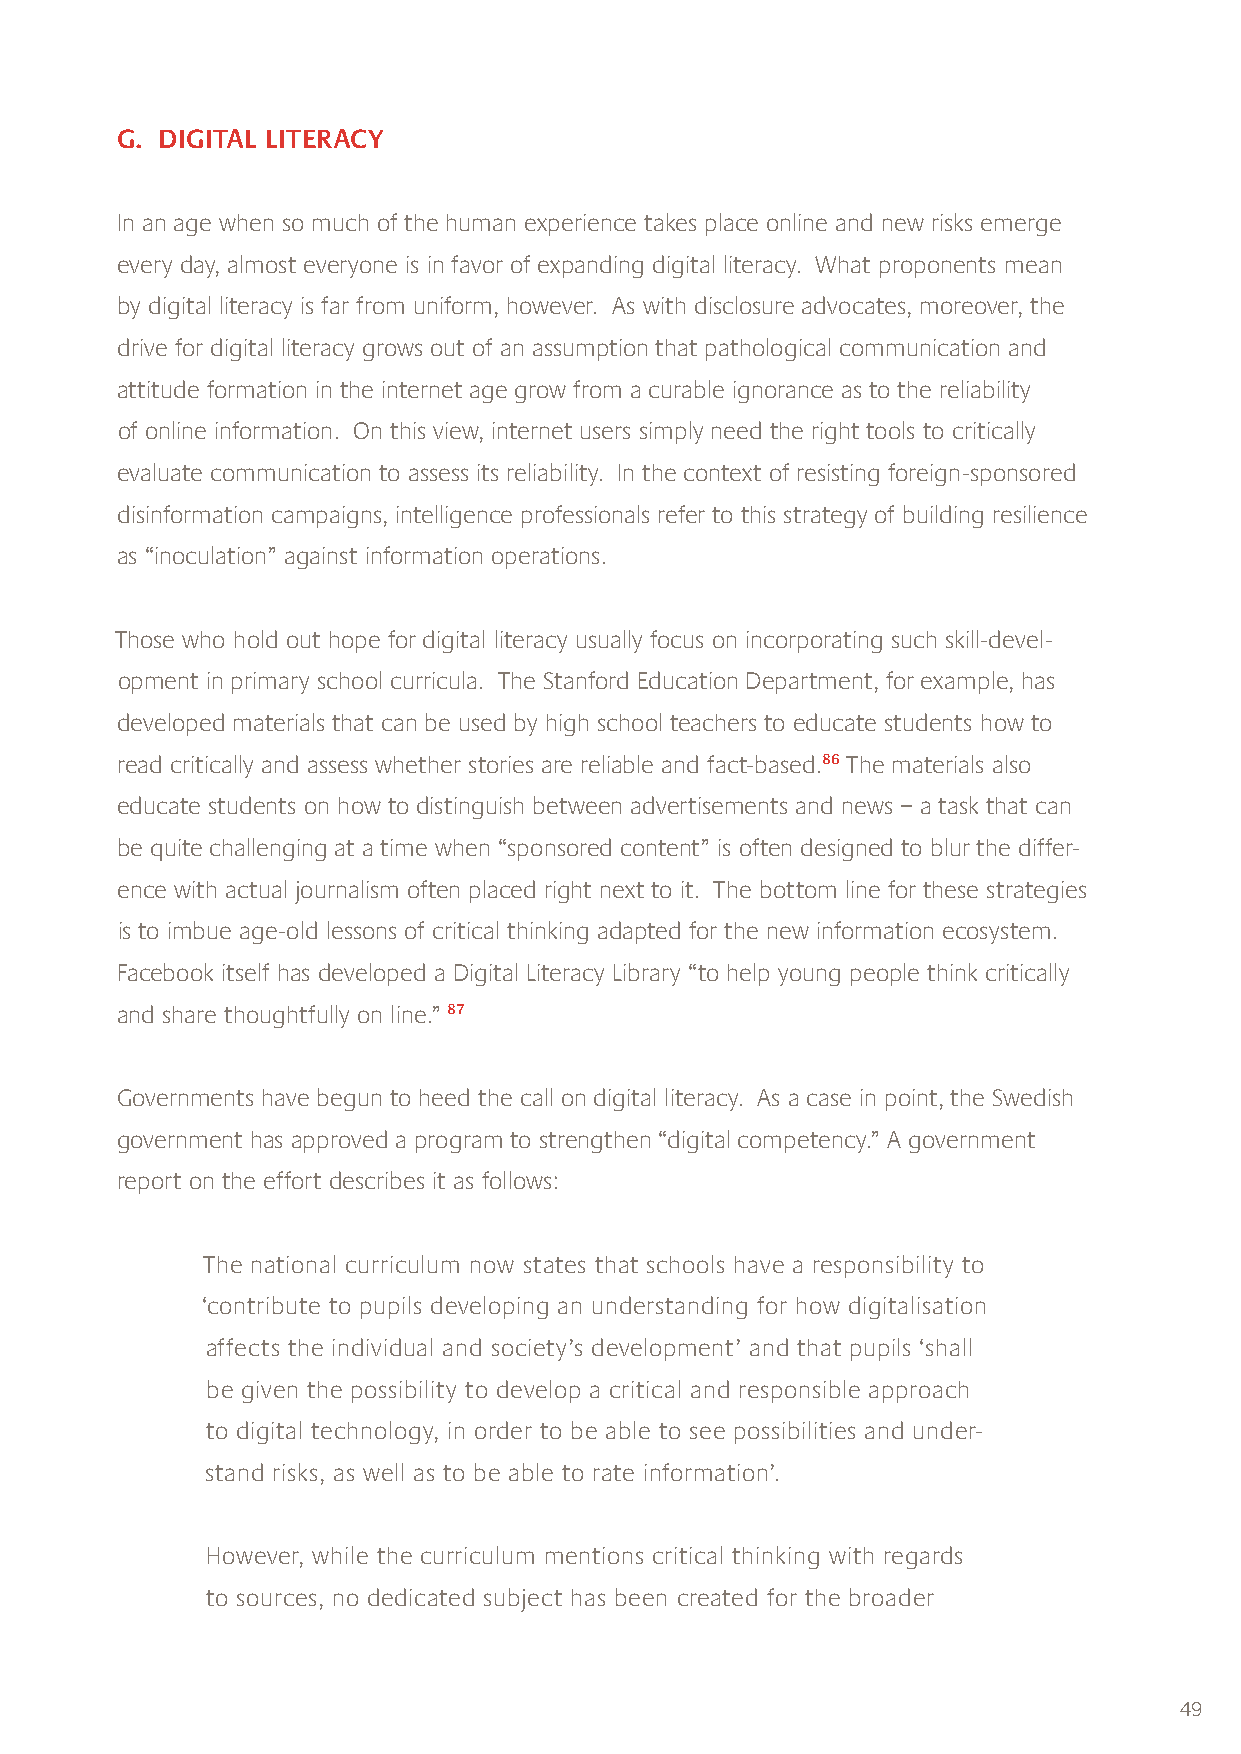
G. DIGITAL LITERACY
 In an age when so much of the human experience takes place online and new risks emerge
 every day, almost everyone is in favor of expanding digital literacy. What proponents mean
 by digital literacy is far from uniform, however. As with disclosure advocates, moreover, the
 drive for digital literacy grows out of an assumption that pathological communication and
 attitude formation in the internet age grow from a curable ignorance as to the reliability
 of online information. On this view, internet users simply need the right tools to critically
 evaluate communication to assess its reliability. In the context of resisting foreign-sponsored
 disinformation campaigns, intelligence professionals refer to this strategy of building resilience
 as “inoculation” against information operations.
 Those who hold out hope for digital literacy usually focus on incorporating such skill-devel-
 opment in primary school curricula. The Stanford Education Department, for example, has
 developed materials that can be used by high school teachers to educate students how to
 read critically and assess whether stories are reliable and fact-based.86 The materials also
 educate students on how to distinguish between advertisements and news – a task that can
 be quite challenging at a time when “sponsored content” is often designed to blur the differ-
 ence with actual journalism often placed right next to it. The bottom line for these strategies
 is to imbue age-old lessons of critical thinking adapted for the new information ecosystem.
 Facebook itself has developed a Digital Literacy Library “to help young people think critically
 and share thoughtfully on line.” 87
 Governments have begun to heed the call on digital literacy. As a case in point, the Swedish
 government has approved a program to strengthen “digital competency.” A government
 report on the effort describes it as follows:
 The national curriculum now states that schools have a responsibility to
 ‘contribute to pupils developing an understanding for how digitalisation
 affects the individual and society’s development’ and that pupils ‘shall
 be given the possibility to develop a critical and responsible approach
 to digital technology, in order to be able to see possibilities and under-
 stand risks, as well as to be able to rate information’.
 However, while the curriculum mentions critical thinking with regards
 to sources, no dedicated subject has been created for the broader
 49